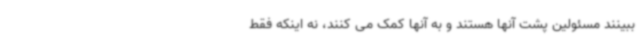
ببینند مسئولین پشت آنها هستند و به آنها کمک می کنند، نه اینکه فقط